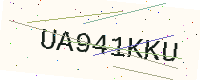
Text: UA941KKU